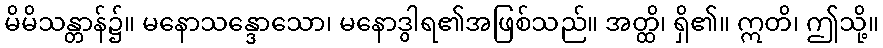
မိမိသန္တာန်၌။ မနောသန္ဒောသော၊ မနောဒွါရ၏အဖြစ်သည်။ အတ္ထိ၊ ရှိ၏။ ဣတိ၊ ဤသို့။